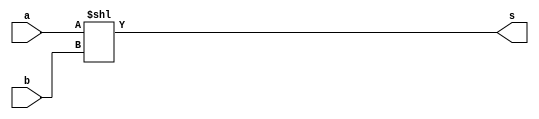
module LeftShift(input [15:0] a, b, output [15:0] s);
	assign s = a << b;
endmodule